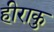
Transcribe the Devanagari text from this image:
हीराकु